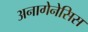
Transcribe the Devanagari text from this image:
अनागेनेसिस